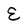
Character: E